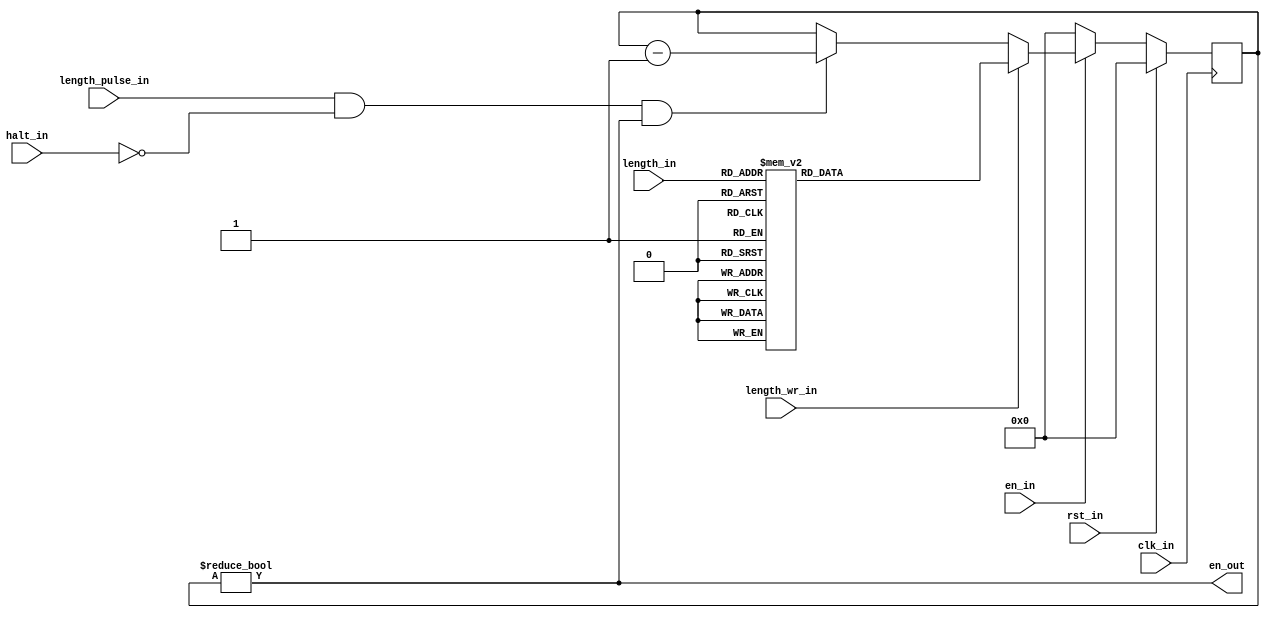
module apu_length_counter
(
  input  wire       clk_in,           // system clock signal
  input  wire       rst_in,           // reset signal
  input  wire       en_in,            // enable signal (from $4015)
  input  wire       halt_in,          // disable length decrement
  input  wire       length_pulse_in,  // length pulse from frame counter
  input  wire [4:0] length_in,        // new length value
  input  wire       length_wr_in,     // update length to length_in
  output wire       en_out            // length counter is non-0
);

reg  [7:0] q_length, d_length;

always @(posedge clk_in)
  begin
    if (rst_in)
      begin
        q_length <= 8'h00;
      end
    else
      begin
        q_length <= d_length;
      end
  end

always @*
  begin
    d_length = q_length;

    if (!en_in)
      begin
        d_length = 8'h00;
      end
    else if (length_wr_in)
      begin
        case (length_in)
          5'h00: d_length = 8'h0A;
          5'h01: d_length = 8'hFE;
          5'h02: d_length = 8'h14;
          5'h03: d_length = 8'h02;
          5'h04: d_length = 8'h28;
          5'h05: d_length = 8'h04;
          5'h06: d_length = 8'h50;
          5'h07: d_length = 8'h06;
          5'h08: d_length = 8'hA0;
          5'h09: d_length = 8'h08;
          5'h0A: d_length = 8'h3C;
          5'h0B: d_length = 8'h0A;
          5'h0C: d_length = 8'h0E;
          5'h0D: d_length = 8'h0C;
          5'h0E: d_length = 8'h1A;
          5'h0F: d_length = 8'h0E;
          5'h10: d_length = 8'h0C;
          5'h11: d_length = 8'h10;
          5'h12: d_length = 8'h18;
          5'h13: d_length = 8'h12;
          5'h14: d_length = 8'h30;
          5'h15: d_length = 8'h14;
          5'h16: d_length = 8'h60;
          5'h17: d_length = 8'h16;
          5'h18: d_length = 8'hC0;
          5'h19: d_length = 8'h18;
          5'h1A: d_length = 8'h48;
          5'h1B: d_length = 8'h1A;
          5'h1C: d_length = 8'h10;
          5'h1D: d_length = 8'h1C;
          5'h1E: d_length = 8'h20;
          5'h1F: d_length = 8'h1E;
        endcase
      end
    else if (length_pulse_in && !halt_in && (q_length != 8'h00))
      begin
        d_length = q_length - 8'h01;
      end
  end

assign en_out = (q_length != 8'h00);

endmodule